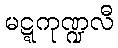
မဋ္ဋကုဏ္ဍလီ